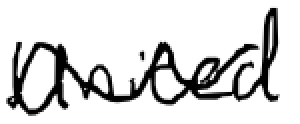
Text: United
Cross-out: wave
Writing tool: digital_black